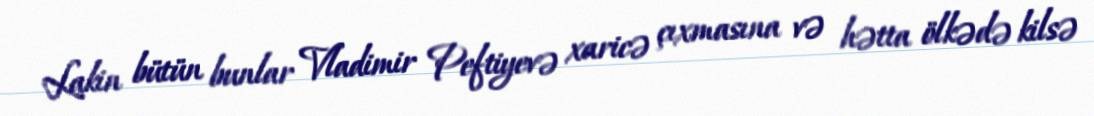
Lakin bütün bunlar Vladimir Peftiyevə xaricə çıxmasına və hətta ölkədə kilsə